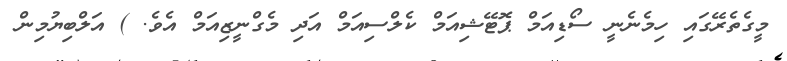
މީގެތެރޭގައި ހިމެނެނީ ސޯޑިއަމް ޕޮޓޭޝިއަމް ކެލްސިއަމް އަދި މެގްނީޒިއަމް އެވެ. ) އަލްބިޔުމިން